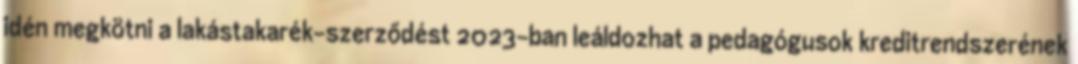
idén megkötni a lakástakarék-szerződést 2023-ban leáldozhat a pedagógusok kreditrendszerének